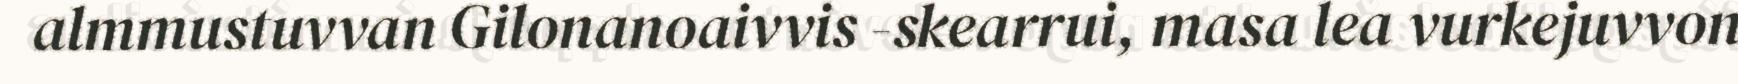
almmustuvvan Gilonanoaivvis -skearrui, masa lea vurkejuvvon